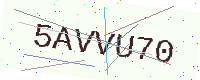
Text: 5AVVU70